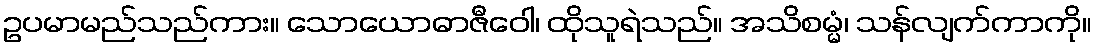
ဥပမာမည်သည်ကား။ သောယောဓာဇီဝေါ၊ ထိုသူရဲသည်။ အသိစမ္မံ၊ သန်လျက်ကာကို။